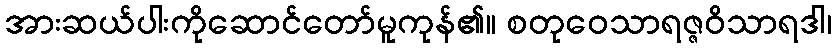
အားဆယ်ပါးကိုဆောင်တော်မူကုန်၏။ စတုဝေသာရဇ္ဇဝိသာရဒါ၊